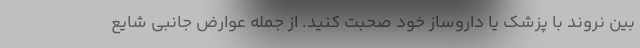
بین نروند با پزشک یا داروساز خود صحبت کنید. از جمله عوارض جانبی شایع